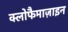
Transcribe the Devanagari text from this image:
क्लोफैमाज़ाइन